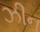
ઝીન